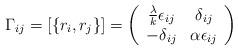
LaTeX: \begin{align*}\Gamma_{ij} = \left[\{r_i , r_j\} \right] = \left(\begin{array}{cc} \frac{\lambda}{k} \epsilon_{ij} & \delta_{ij} \\-\delta_{ij} & \alpha \epsilon_{ij} \end{array}\right)\end{align*}